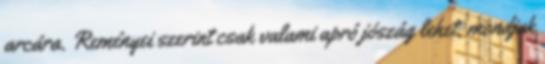
arcára. Reményei szerint csak valami apró jószág lehet, mondjuk